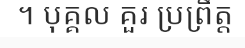
។ បុគ្គល គួរ ប្រព្រឹត្ត